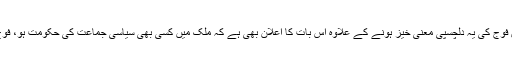
ملک کے ایک اقتصادی منصوبہ کے بارے میں فوج کی یہ دلچسپی معنی خیز ہونے کے علاوہ اس بات کا اعلان بھی ہے کہ ملک میں کسی بھی سیاسی جماعت کی حکومت ہو، فوج سی پیک کی تکمیل کی براہ راست ضامن ہے۔